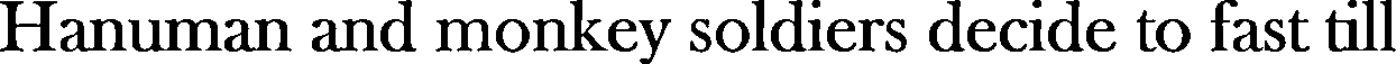
Hanuman and monkey soldiers decide to fast till